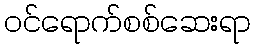
ဝင်ရောက်စစ်ဆေးရာ